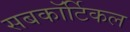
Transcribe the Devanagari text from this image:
सबकॉर्टिकल